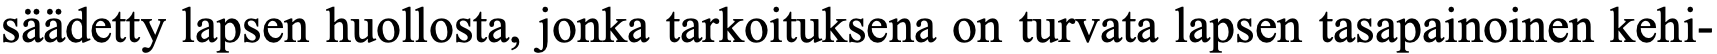
säädetty lapsen huollosta, jonka tarkoituksena on turvata lapsen tasapainoinen kehi-